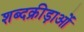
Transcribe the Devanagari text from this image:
शब्दक्रीड़ाओं